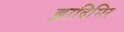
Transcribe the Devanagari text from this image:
ब्लादिमिर